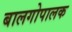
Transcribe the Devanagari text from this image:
बालगोपालक